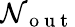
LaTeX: \mathcal{N}_{\mathrm{{~o~u~t~}}}